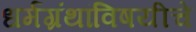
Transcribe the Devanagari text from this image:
धर्मग्रंथांविषयीचे